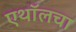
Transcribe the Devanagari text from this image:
एथॉलचा